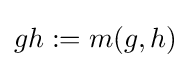
gh:=m(g,h)